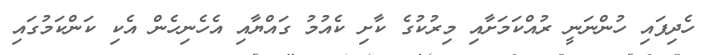
ހެދިފައި ހުންނަނީ ރުއްކަމަށާއި މިރުކުގެ ކާށި ކެއުމު ގައްޔާއި އެހެނިހެން އެކި ކަންކަމުގައި